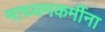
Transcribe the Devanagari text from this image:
माध्यमकर्मीना